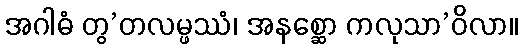
အဂါဓံ တွ’တလမ္ဖဿံ၊ အနစ္ဆော ကလုသာ’ဝိလာ။